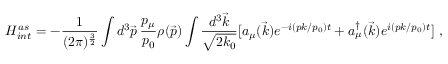
H _ { i n t } ^ { a s } = - { \displaystyle \frac { 1 } { ( 2 \pi ) ^ { \frac { 3 } { 2 } } } } \int d ^ { 3 } \vec { p } \, \frac { p _ { \mu } } { p _ { 0 } } \rho ( \vec { p } ) \int \frac { d ^ { 3 } \vec { k } } { \sqrt { 2 k _ { 0 } } } [ a _ { \mu } ( \vec { k } ) e ^ { - i ( p k / p _ { 0 } ) t } + a _ { \mu } ^ { \dagger } ( \vec { k } ) e ^ { i ( p k / p _ { 0 } ) t } ] \, \, ,